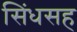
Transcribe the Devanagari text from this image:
सिंधसह